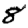
Digit: 8